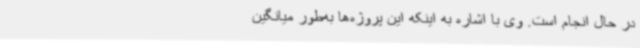
در حال انجام است. وی با اشاره به اینکه این پروژه‌ها به‌طور میانگین